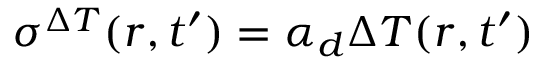
\sigma ^ { \Delta T } ( r , t ^ { \prime } ) = \alpha _ { d } \Delta T ( r , t ^ { \prime } )